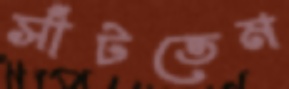
সাঁটতেম